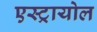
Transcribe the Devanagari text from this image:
एस्ट्रायोल